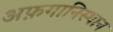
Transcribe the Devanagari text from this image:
अफ़गानिस्थान